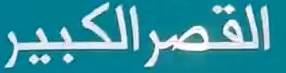
القصر الكبير